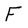
Character: F